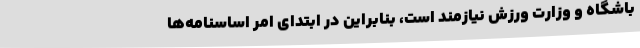
باشگاه و وزارت ورزش نیازمند است، بنابراین در ابتدای امر اساسنامه‌ها